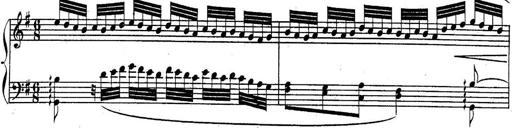
Title: Sonatina for Piano
Composer: BÃ©la BartÃ³k